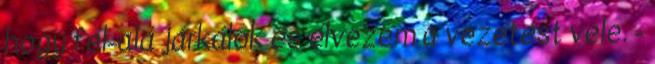
hogy fel-alá járkálok és élvezem a vezetést vele. -